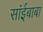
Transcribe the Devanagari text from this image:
सांईबाबा